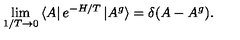
\lim _ { 1 / T \rightarrow 0 } \left< A \right| e ^ { - H / T } \left| A ^ { g } \right> = \delta ( A - A ^ { g } ) .